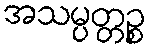
အသမ္ပတ္တဉ္စ